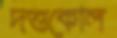
দত্তকোল